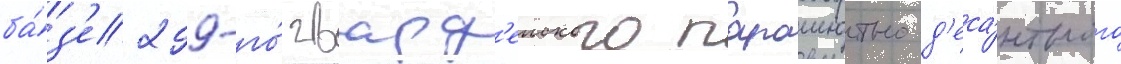
ба́з'е 299-го́ гвард'еиского парашютно-д'еса́нтного